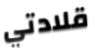
قلادتي